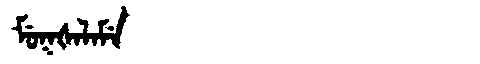
Manchu: ᠮᡠᡴᡧᠠᠯᠠᠮᡝ
Romanization: MUKŠALAME